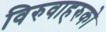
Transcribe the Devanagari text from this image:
विरुवाहरुको